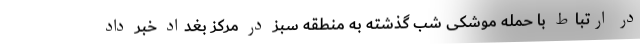
در ارتباط با حمله موشکی شب گذشته به منطقه سبز در مرکز بغداد خبر داد